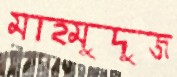
মাহমুদুজ